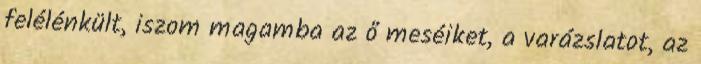
felélénkült, iszom magamba az ő meséiket, a varázslatot, az